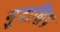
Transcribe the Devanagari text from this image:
गुदाछिद्र